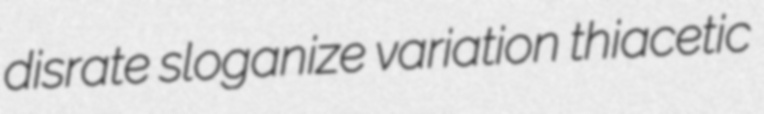
disrate sloganize variation thiacetic